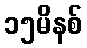
၁၅မိနစ်